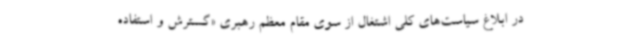
در ابلاغ سیاست‌های کلی اشتغال از سوی مقام معظم رهبری «گسترش و استفاده